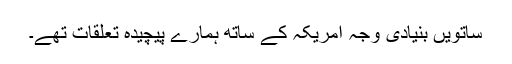
ساتویں بنیادی وجہ امریکہ کے ساتھ ہمارے پیچیدہ تعلقات تھے۔